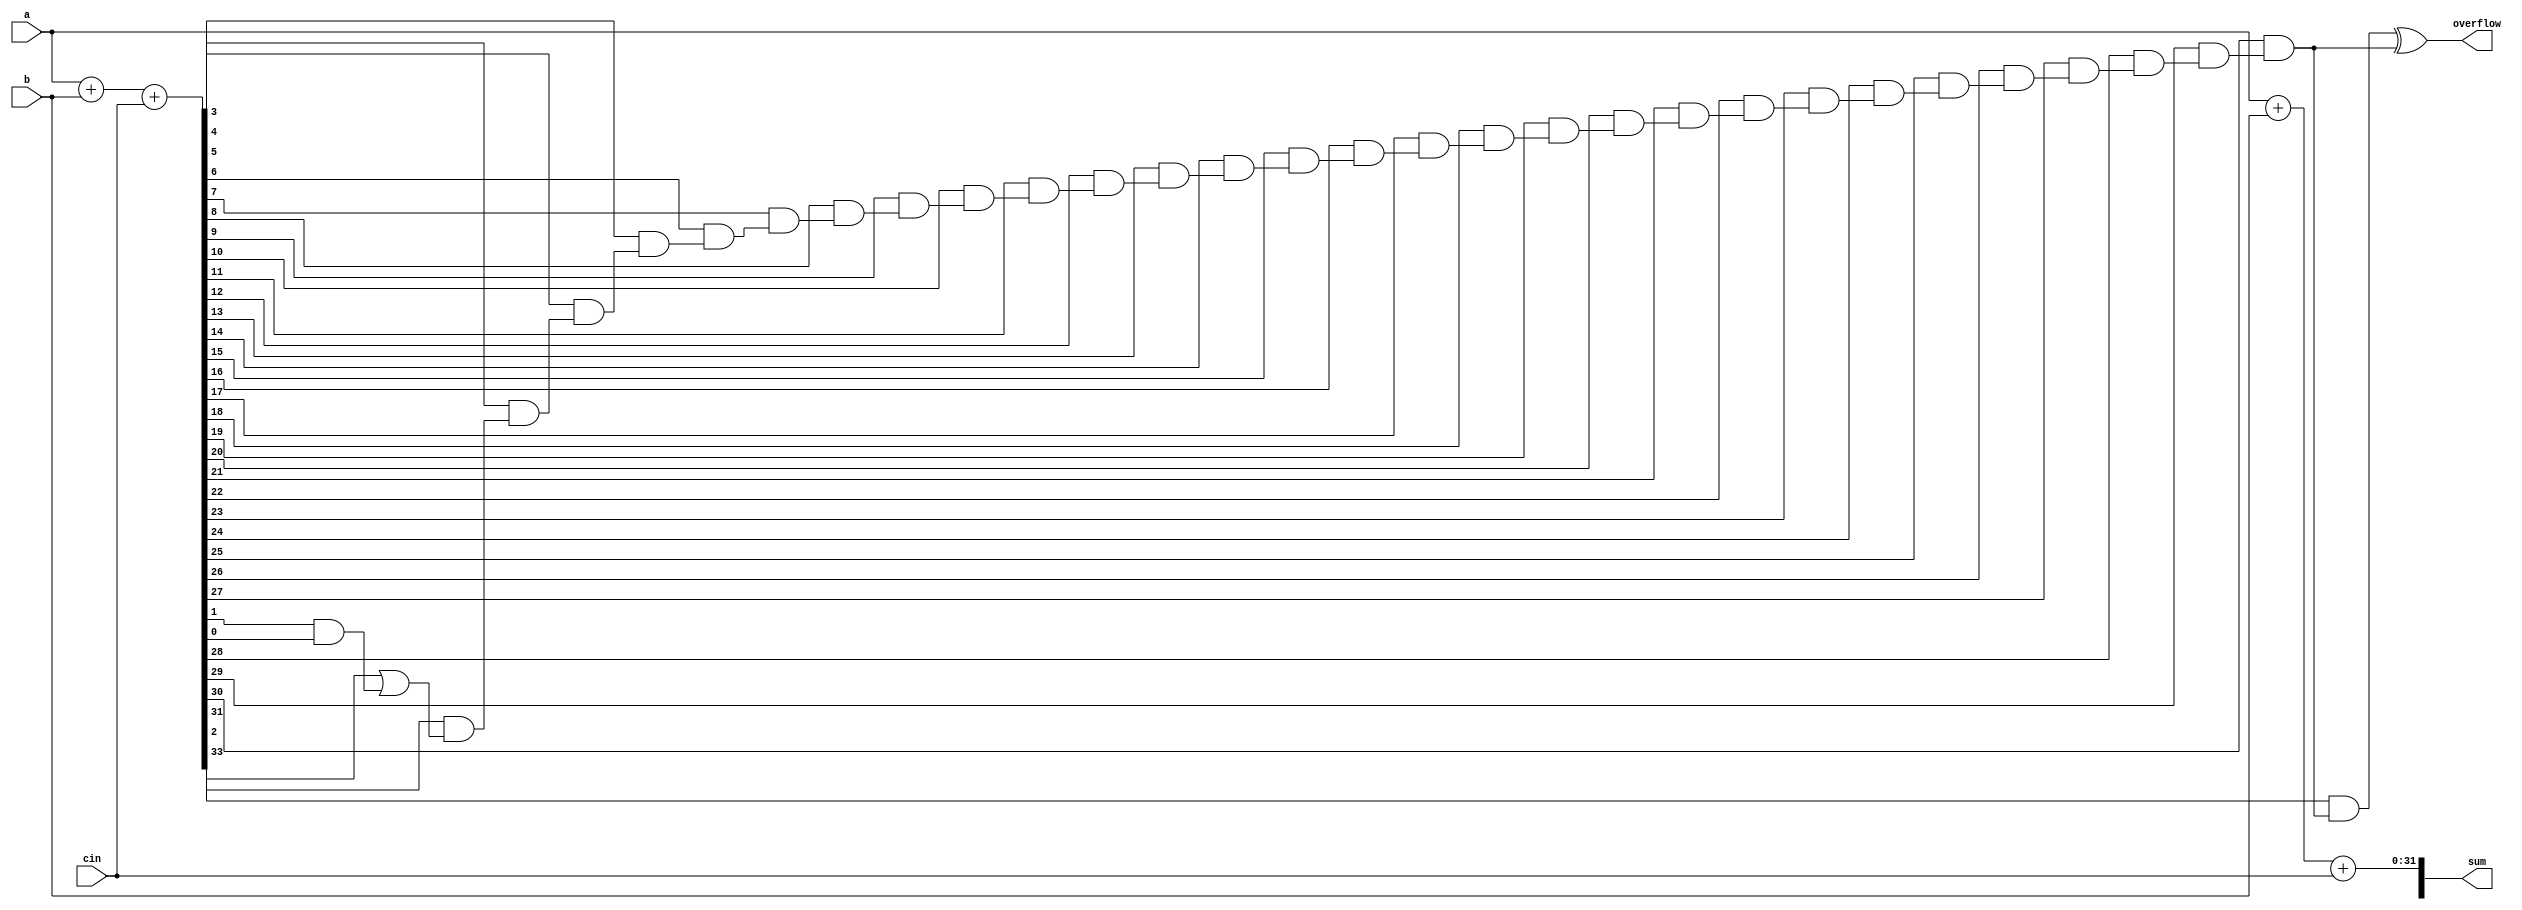
module carry_skip_adder (
    input  wire [31:0] a,
    input  wire [31:0] b,
    input  wire       cin,
    output wire [32:0] sum,
    output wire        overflow
);

wire [31:0] p, g;
wire [32:0] c;

// Generate propagate and generate signals
assign {g, p} = a + b + cin;

// Generate the carry propagate logic
assign c[0] = p[0];
genvar i;
generate
    for (i = 1; i < 32; i = i + 1) begin
        assign c[i] = g[i] | (p[i] & c[i-1]);
    end
endgenerate

// Skip-limited adders to reduce latency
assign sum[0] = cin;
assign sum[31:0] = a + b + cin;

// Overflow detection circuitry
assign overflow = c[31] ^ c[30];

endmodule